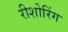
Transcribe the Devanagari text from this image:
रीशोरिंग